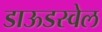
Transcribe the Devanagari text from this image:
डाऊडस्वेल